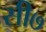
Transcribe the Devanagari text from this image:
सी७